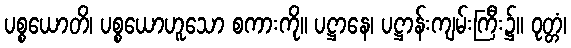
ပစ္စယောတိ၊ ပစ္စယောဟူသော စကားကို။ ပဋ္ဌာနေ၊ ပဋ္ဌာန်းကျမ်းကြီး၌။ ဝုတ္တံ၊